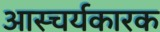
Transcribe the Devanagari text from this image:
आस्चर्यकारक